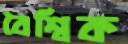
বৈশ্বিক